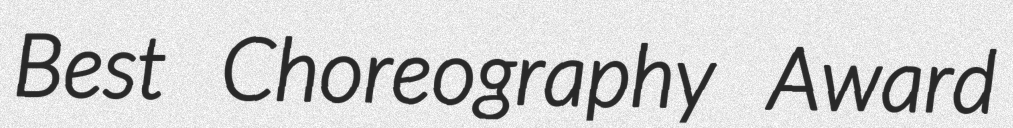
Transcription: Best Choreography Award